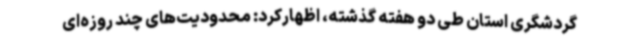
گردشگری استان طی دو هفته گذشته، اظهارکرد: محدودیت‌های چند روزه‌ای